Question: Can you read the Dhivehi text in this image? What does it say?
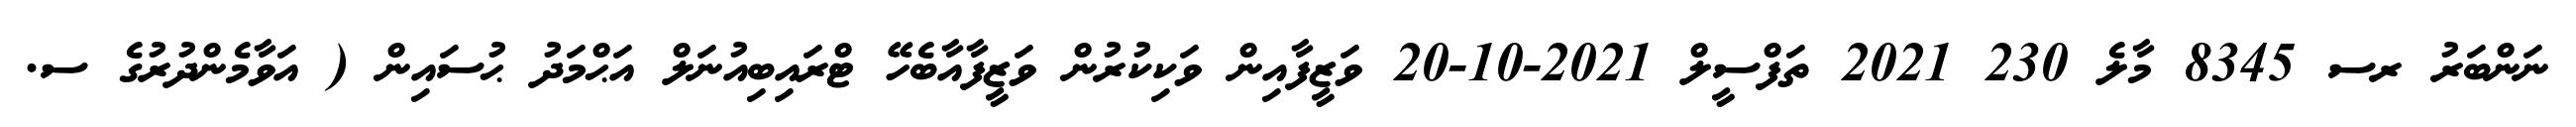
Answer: ނަންބަރު ރސ 8345 މާލެ 230 2021 ތަފްސީލް 2021-10-20 ވަޒީފާއިން ވަކިކުރުން ވަޒީފާއާބެހޭ ޓްރައިބިއުނަލް އަޙްމަދު ޙުސައިން ( އަވާމެންދުރުގެ ސ.